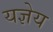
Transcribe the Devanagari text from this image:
यज्ञेय